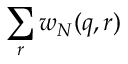
\sum _ { r } w _ { N } ( q , r )